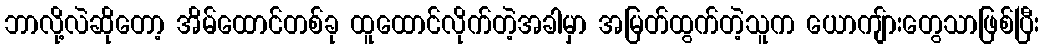
ဘာလို့လဲဆိုတော့ အိမ်ထောင်တစ်ခု ထူထောင်လိုက်တဲ့အခါမှာ အမြတ်ထွက်တဲ့သူက ယောကျ်ားတွေသာဖြစ်ပြီး